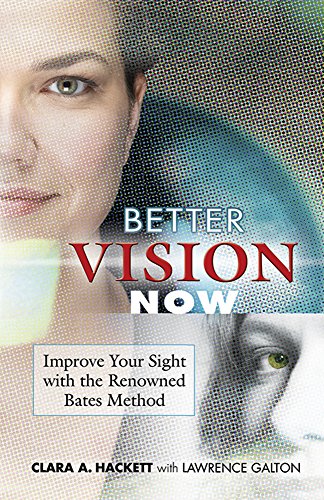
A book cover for Better Vision Now: Improve Your Sight with the Renowned Bates Method; Clara A. Hackett; Medical Books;